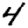
Digit: 4